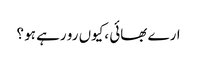
ارے بھائی ،کیوں رو رہے ہو ؟